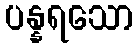
ပန္နရသော